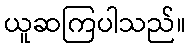
ယူဆကြပါသည်။